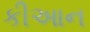
કીઆન